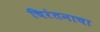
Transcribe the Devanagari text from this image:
चिरंतनाचा